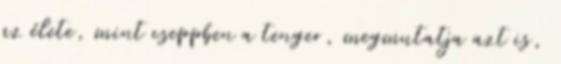
az élete, mint cseppben a tenger, megmutatja azt is,